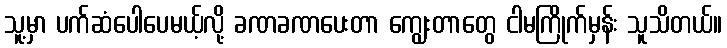
သူ့မှာ ပက်ဆံပေါပေမယ့်လို့ ခဏခဏပေးတာ ကျွေးတာတွေ ငါမကြိုက်မှန်း သူသိတယ်။